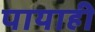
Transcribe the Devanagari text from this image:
पायाही